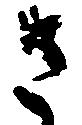
さ